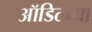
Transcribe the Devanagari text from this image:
ऑडिटच्या